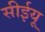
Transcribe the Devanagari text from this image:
सीईयू